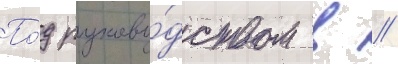
По́д руково́дством в //